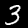
Digit: 3